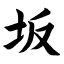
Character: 坂